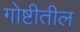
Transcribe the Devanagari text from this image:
गोष्टीतील